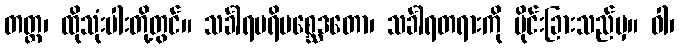
တတ္ထ၊ ထိုသုံးပါးတို့တွင်။ သင်္ခါရပရိပစ္ဆေဒတော၊ သင်္ခါရတရားကို ပိုင်းခြားသည်မှ။ ဝါ၊